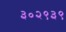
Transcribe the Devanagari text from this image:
३०२९३९